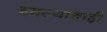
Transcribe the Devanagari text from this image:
इमल्याचाही